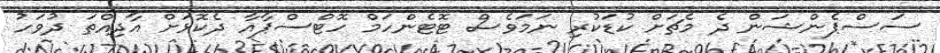
ސަސްޕެންޝަން ދެ މެޗަށް ކުޑަކުރި ނަމަވެސް ޓޮޓެންހަމް ހޮޓްސްޕާއާ ދެކޮޅަށް އާދިއްތަ ދުވަހު